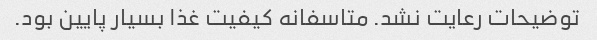
توضیحات رعایت نشد. متاسفانه کیفیت غذا بسیار پایین بود.